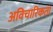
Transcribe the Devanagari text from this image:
अविचारिकता